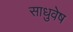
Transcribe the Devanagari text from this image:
साधुवेष